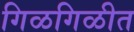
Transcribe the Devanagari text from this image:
गिळगिळीत